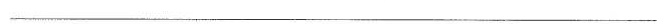
_________________